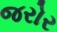
જરોર